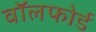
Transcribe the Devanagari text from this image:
वॉलफोर्ड